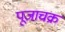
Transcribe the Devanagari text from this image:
पूजाचक्र